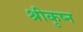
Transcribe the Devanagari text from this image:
श्रीकृष्न